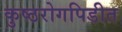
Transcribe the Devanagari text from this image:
कुष्ठरोगपिडीत